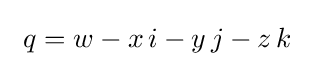
~q=w-x\,i-y\,j-z\,k~